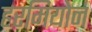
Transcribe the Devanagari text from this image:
हरमियोन